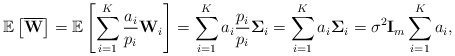
\begin{align*}\mathbb{E}\left[\overline{\mathbf{W}}\right] = \mathbb{E}\left[\sum^K_{i=1} \frac{a_i}{p_i} \mathbf{W}_i \right] = \sum^K_{i=1} a_i\frac{p_i}{p_i} \mathbf{\Sigma}_i = \sum^K_{i=1} a_i \mathbf{\Sigma}_i=\sigma^2\mathbf{I}_m\sum^K_{i=1} a_i,\end{align*}